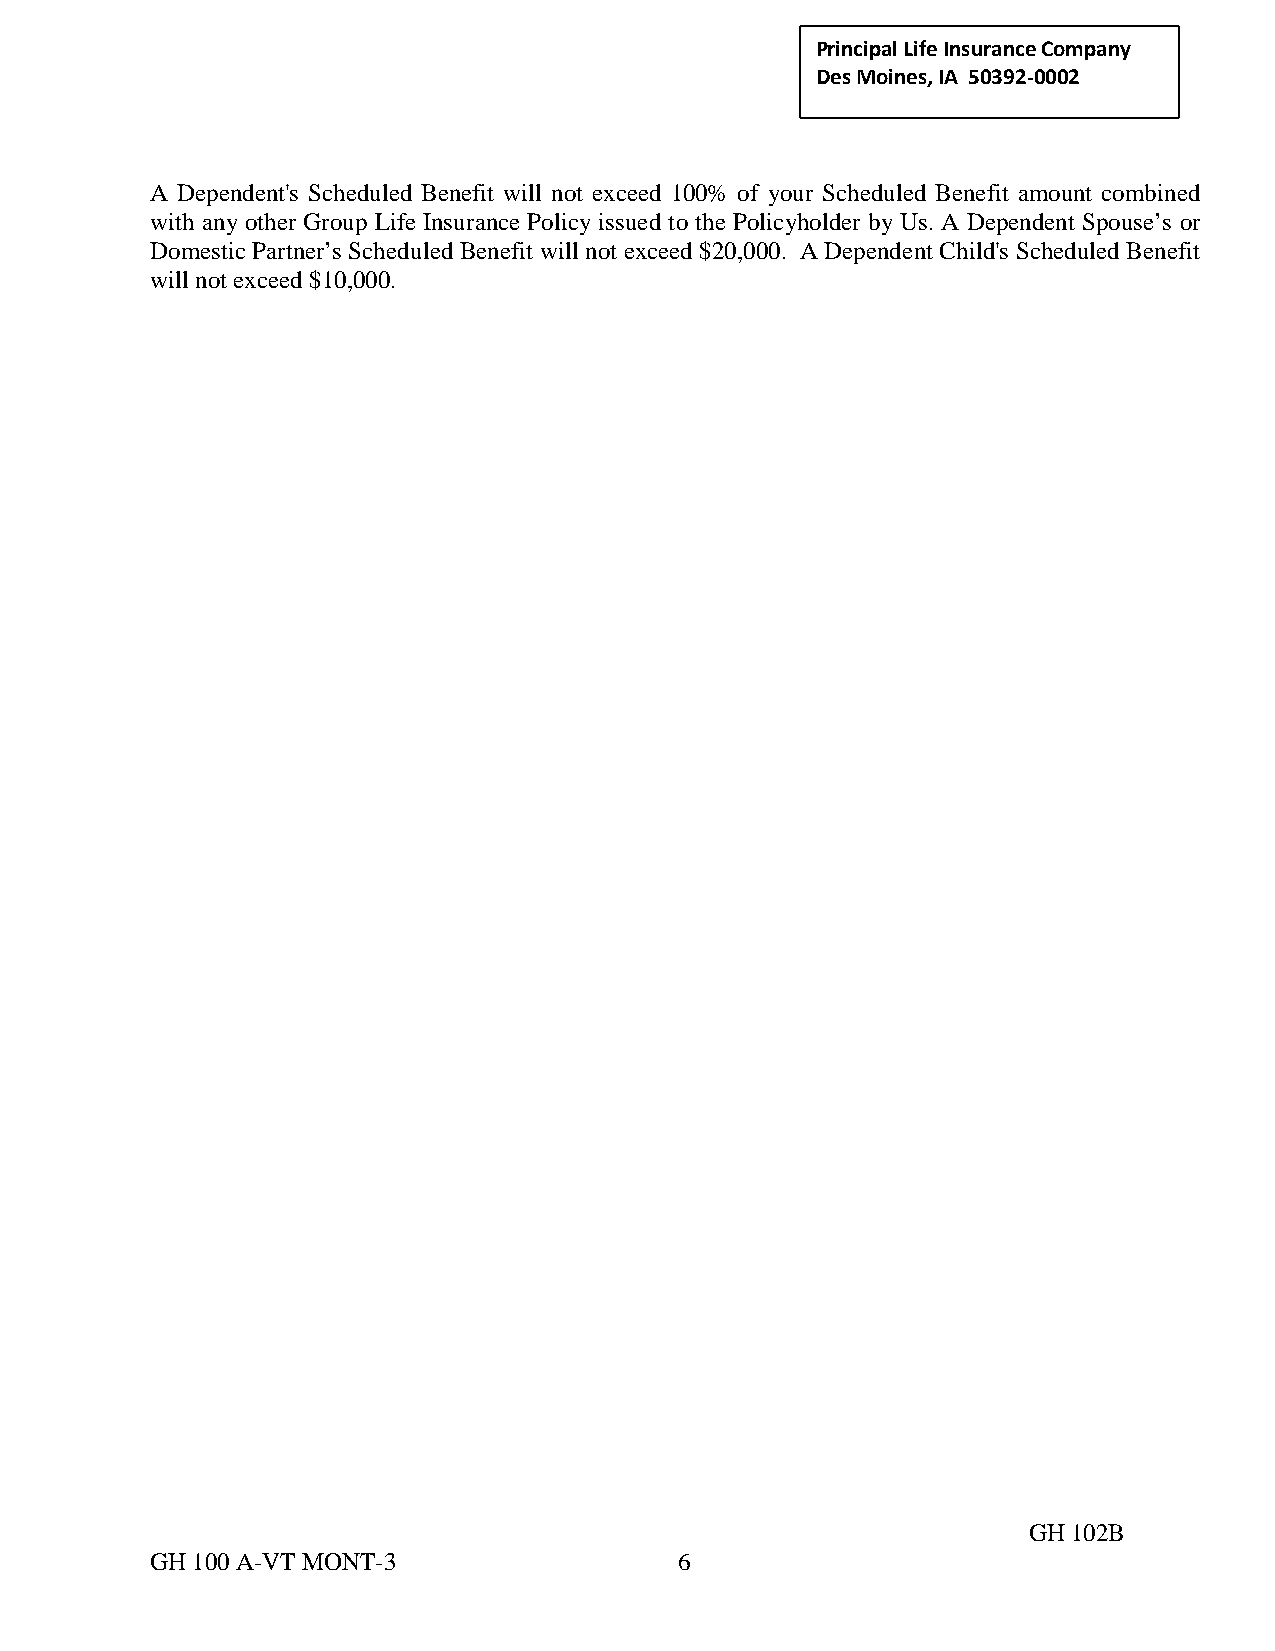
Principal Life Insurance C ompany
 Des Moines, IA 50392-0002
 A Dependent's Scheduled Benefit will not exceed 100% of your Scheduled Benefit amount combined
 with any other Group Life Insurance Policy issued to the Policyholder by Us. A Dependent Spouse’s or
 Domestic Partner’s Scheduled Benefit will not exceed $20,000. A Dependent Child's Scheduled Benefit
 will not exceed $10,000.
 GH 102B
 GH 100 A-VT MONT-3                 6